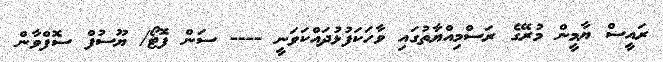
ރައީސް ޔާމީން މުރޭގެ ރަސްމިއްޔާތުގައި ވާހަކަފުޅުދައްކަވަނީ ---- ސަން ފޮޓޯ/ ޔޫސުފް ސޮފްވާން